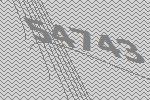
54743